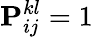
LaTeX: \mathbf{P}_{ij}^{kl}=1